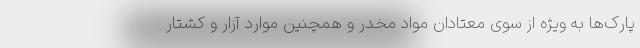
پارک‌ها به ویژه از سوی معتادان مواد مخدر و همچنین موارد آزار و کشتار